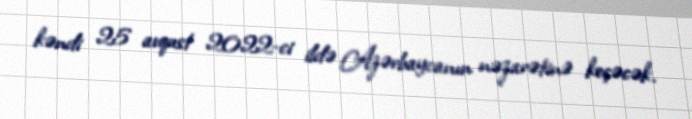
kəndi 25 avqust 2022-ci ildə Azərbaycanın nəzarətinə keçəcək.